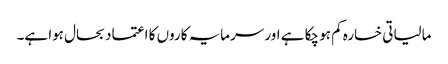
مالیاتی خسارہ کم ہو چکا ہے اور سرمایہ کاروں کا اعتماد بحال ہوا ہے۔